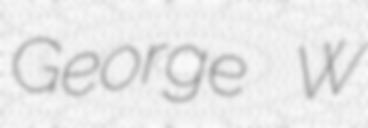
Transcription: George W